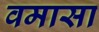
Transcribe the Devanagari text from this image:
वमासा